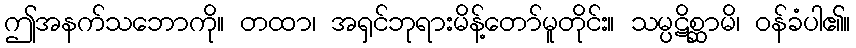
ဤအနက်သဘောကို။ တထာ၊ အရှင်ဘုရားမိန့်တော်မူတိုင်း။ သမ္ပဋိစ္ဆာမိ၊ ဝန်ခံပါ၏။